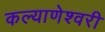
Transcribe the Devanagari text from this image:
कल्‍याणेश्‍वरी